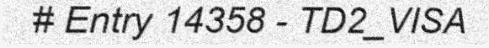
# Entry 14358 - TD2_VISA